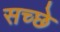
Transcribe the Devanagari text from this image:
सच्छे